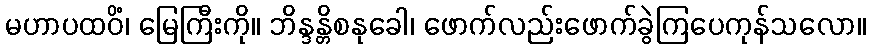
မဟာပထဝိံ၊ မြေကြီးကို။ ဘိန္ဒန္တိစနုခေါ၊ ဖောက်လည်းဖောက်ခွဲကြပေကုန်သလော။